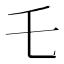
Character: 乇